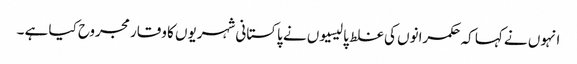
انہوں نے کہا کہ حکمرانوں کی غلط پالیسیوں نے پاکستانی شہریوں کا وقار مجروح کیا ہے ۔